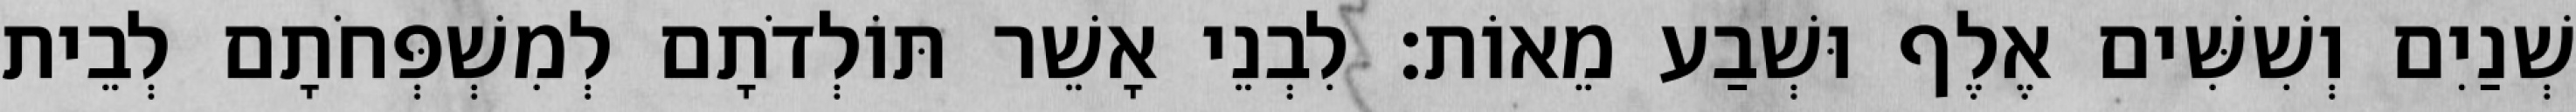
שְׁנַיִם וְשִׁשִּׁים אֶלֶף וּשְׁבַע מֵאוֹת׃ לִבְנֵי אָשֵׁר תּוֹלְדֹתָם לְמִשְׁפְּחֹתָם לְבֵית